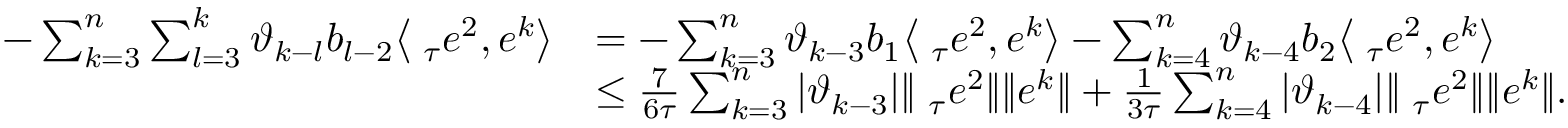
\begin{array} { r l } { - \sum _ { k = 3 } ^ { n } \sum _ { l = 3 } ^ { k } \vartheta _ { k - l } b _ { l - 2 } \big \langle \triangledown _ { \tau } e ^ { 2 } , e ^ { k } \big \rangle } & { = - \sum _ { k = 3 } ^ { n } \vartheta _ { k - 3 } b _ { 1 } \big \langle \triangledown _ { \tau } e ^ { 2 } , e ^ { k } \big \rangle - \sum _ { k = 4 } ^ { n } \vartheta _ { k - 4 } b _ { 2 } \big \langle \triangledown _ { \tau } e ^ { 2 } , e ^ { k } \big \rangle } \\ & { \le \frac { 7 } { 6 \tau } \sum _ { k = 3 } ^ { n } | \vartheta _ { k - 3 } | \| \triangledown _ { \tau } e ^ { 2 } \| \| e ^ { k } \| + \frac { 1 } { 3 \tau } \sum _ { k = 4 } ^ { n } | \vartheta _ { k - 4 } | \| \triangledown _ { \tau } e ^ { 2 } \| \| e ^ { k } \| . } \end{array}